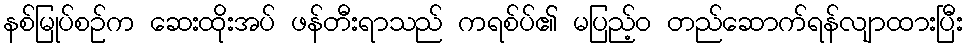
နစ်မြုပ်စဉ်က ဆေးထိုးအပ် ဖန်တီးရာသည် ကရစ်ပ်၏ မပြည့်ဝ တည်ဆောက်ရန်လျာထားပြီး